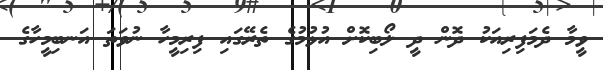
ވީމާ ދެމަފިރިއަކު ދޮން ދީ ލޯބިކޮށް އުޅުމުގެ ތެރޭގައި ފިރިމީހާ ނުވަތަ އަނބިމީހާގެ